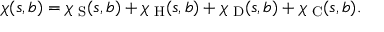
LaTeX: \chi ( s , b ) = \chi _ { \mathrm { \scriptsize ~ S } } ( s , b ) + \chi _ { \mathrm { \scriptsize ~ H } } ( s , b ) + \chi _ { \mathrm { \scriptsize ~ D } } ( s , b ) + \chi _ { \mathrm { \scriptsize ~ C } } ( s , b ) .